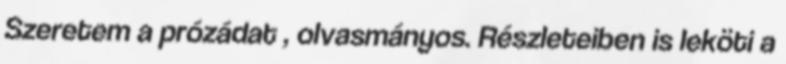
Szeretem a prózádat , olvasmányos. Részleteiben is leköti a